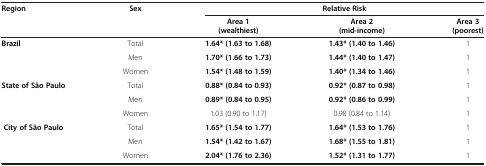
<table><thead><tr><td rowspan="2"><b>Region</b></td><td rowspan="2"><b>Sex</b></td><td colspan="3"><b>Relative Risk</b></td></tr><tr><td><b>Area 1 (wealthiest)</b></td><td><b>Area 2 (mid-income)</b></td><td><b>Area 3 (poorest)</b></td></tr></thead><tbody><tr><td rowspan="3"><b>Brazil</b></td><td>Total</td><td><b>1.64* (1.63 to 1.68)</b></td><td><b>1.43* (1.40 to 1.46)</b></td><td>1</td></tr><tr><td>Men</td><td><b>1.70* (1.66 to 1.73)</b></td><td><b>1.44* (1.40 to 1.47)</b></td><td>1</td></tr><tr><td>Women</td><td><b>1.54* (1.48 to 1.59)</b></td><td><b>1.40* (1.34 to 1.46)</b></td><td>1</td></tr><tr><td rowspan="3"><b>State of São Paulo</b></td><td>Total</td><td><b>0.88* (0.84 to 0.93)</b></td><td><b>0.92* (0.87 to 0.98)</b></td><td>1</td></tr><tr><td>Men</td><td><b>0.89* (0.84 to 0.95)</b></td><td><b>0.92* (0.86 to 0.99)</b></td><td>1</td></tr><tr><td>Women</td><td>1.03 (0.90 to 1.17)</td><td>0.98 (0.84 to 1.14)</td><td>1</td></tr><tr><td rowspan="2"><b>City of São Paulo</b></td><td>Total</td><td><b>1.65* (1.54 to 1.77)</b></td><td><b>1.64* (1.53 to 1.76)</b></td><td>1</td></tr><tr><td>Men</td><td><b>1.54* (1.42 to 1.67)</b></td><td><b>1.68* (1.55 to 1.81)</b></td><td>1</td></tr><tr><td> </td><td>Women</td><td><b>2.04* (1.76 to 2.36)</b></td><td><b>1.52* (1.31 to 1.77)</b></td><td>1</td></tr></tbody></table>